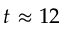
t \approx 1 2